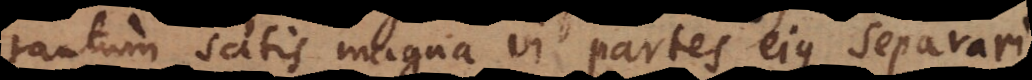
tantum satis magna vi partes ejus separari,